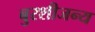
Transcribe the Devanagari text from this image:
बुरशीजन्य